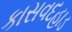
કાસવદહાડ